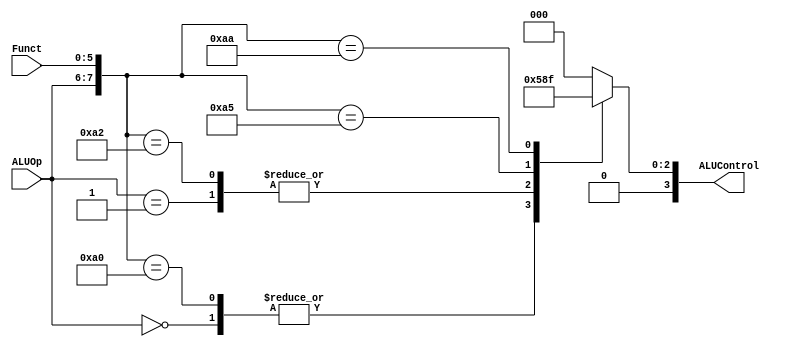
/*

This file contains the MIPS_ALUControlUnit module, which is the ALU Control Unit associated with the ALU used for the MIPS datapath.

ALUOp and Funct are the inputs to this module, and ALUControl is the output which is to be sent to the ALU.

The members of the team who have built this file:
--------------------------------
Name					Roll no.
--------------------------------
Bhaskar Kataria 		181CO213
Ketan Kiran Bhujange 	181CO227
Manas Trivedi 			181CO231
Omanshu Mahawar 		181CO237
--------------------------------

This file was written over a period of 11 days from 21-05-2020 to 31-05-2020.

*/

module MIPS_ALUControlUnit(ALUControl, ALUOp, Funct);
    
    output [3:0] ALUControl;
    input [1:0] ALUOp;
    input [5:0] Funct;
    wire [7:0] ALUControlIn;
    reg [3:0] ALUCtrl;

    assign ALUControlIn = {ALUOp,Funct};
    
    always @(ALUControlIn)
        casex (ALUControlIn)
            8'b00xxxxxx: ALUCtrl<=4'b0010;  // ALU Operation: Add ; Instruction: LW-SW
            8'b01xxxxxx: ALUCtrl<=4'b0110;  // ALU Operation: Sub ; Instruction: BNE
            8'b10100000: ALUCtrl<=4'b0010;  // ALU Operation: Add ; Instruction: Add
            8'b10100010: ALUCtrl<=4'b0110;  // ALU Operation: Sub ; Instruction: Sub
            8'b10100100: ALUCtrl<=4'b0000;  // ALU Operation: AND ; Instruction: AND
            8'b10100101: ALUCtrl<=4'b0001;  // ALU Operation: OR ; Instruction: OR
            8'b10101010: ALUCtrl<=4'b0111;  // ALU Operaton: SLT ; Instruction: SLT
            default: ALUCtrl<=4'b0000;
        endcase
    


    or o1 (ALUControl[0], ALUCtrl[0], 0);
    or o2 (ALUControl[1], ALUCtrl[1], 0);
    or o3 (ALUControl[2], ALUCtrl[2], 0);
    or o4 (ALUControl[3], ALUCtrl[3], 0);


endmodule